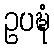
ဥပဍ္ဎံ